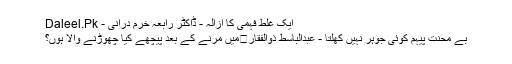
ایک غلط فہمی کا ازالہ - ڈاکٹر رابعہ خرم درانی - Daleel.Pk
بے محنتِ پیہم کوئی جوہر نہیں کھِلتا - عبدالباسط ذوالفقار	میں مرنے کے بعد پیچھے کیا چھوڑنے والا ہوں؟